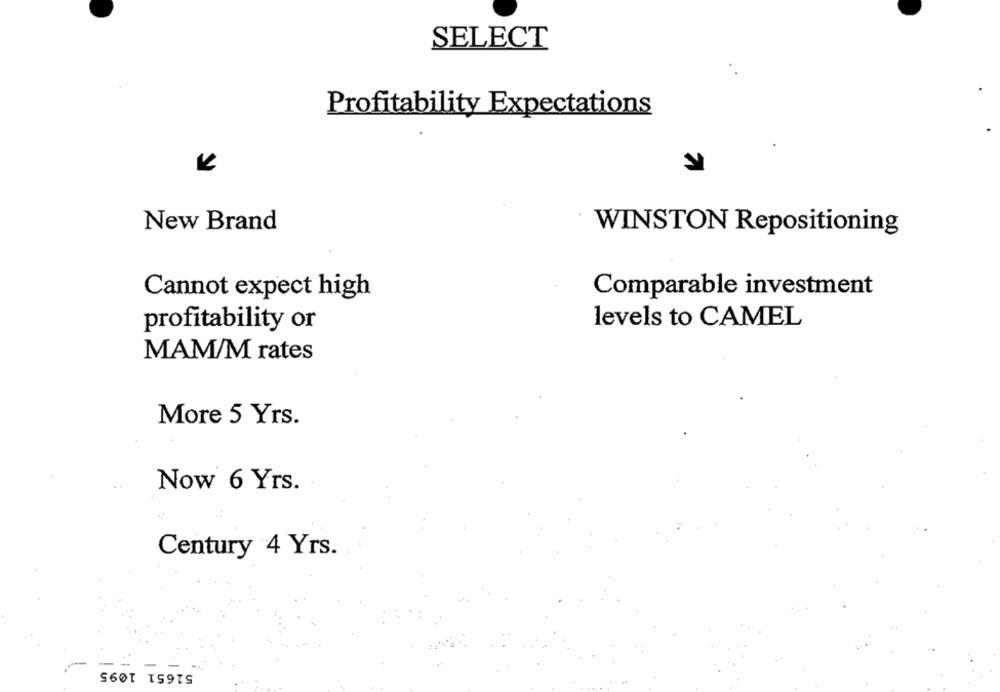
SELECT
Profitability Expectations
New Brand
WINSTON Repositioning
Cannot expect high
Comparable investment
levels to CAMEL
profitability or
MAM/M rates
More 5 Yrs.
Now 6 Yrs.
Century 4 Yrs.
--
-
51651 1095